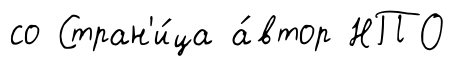
со Стран'и́ца а́втор НПО